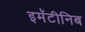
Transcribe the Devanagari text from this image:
इमॅटीनिब